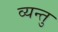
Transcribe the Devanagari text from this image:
व्यन्तु